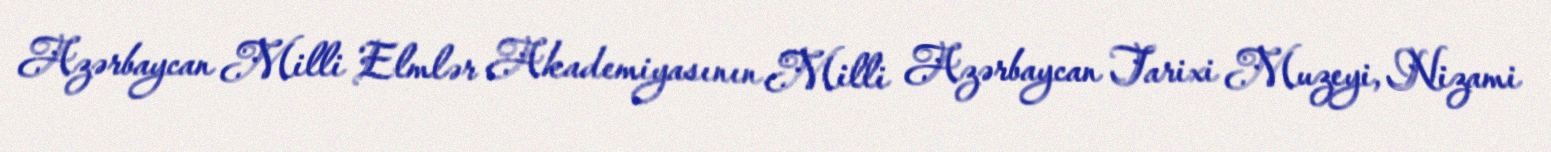
Azərbaycan Milli Elmlər Akademiyasının Milli Azərbaycan Tarixi Muzeyi, Nizami